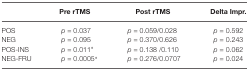
<table><thead><tr><td></td><td><b>Pre rTMS</b></td><td><b>Post rTMS</b></td><td><b>Delta Impr.</b></td></tr></thead><tbody><tr><td>POS</td><td><i>p</i> = 0.037</td><td><i>p</i> = 0.059/0.028</td><td><i>p</i> = 0.592</td></tr><tr><td>NEG</td><td><i>p</i> = 0.095</td><td><i>p</i> = 0.370/0.626</td><td><i>p</i> = 0.243</td></tr><tr><td>POS-INS</td><td><i>p</i> = 0.011*</td><td><i>p</i> = 0.138 /0.110</td><td><i>p</i> = 0.062</td></tr><tr><td>NEG-FRU</td><td><i>p</i> = 0.0005*</td><td><i>p</i> = 0.276/0.0707</td><td><i>p</i> = 0.024</td></tr></tbody></table>